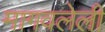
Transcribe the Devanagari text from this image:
मागवलेली